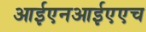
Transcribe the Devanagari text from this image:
आईएनआईएएच